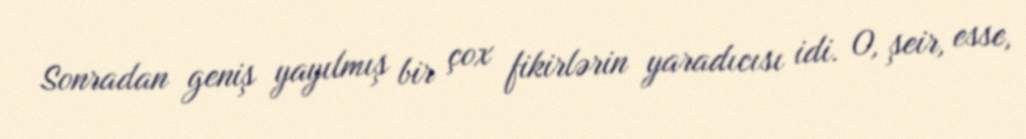
Sonradan geniş yayılmış bir çox fikirlərin yaradıcısı idi. O, şeir, esse,